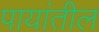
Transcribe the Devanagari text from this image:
पायांतील